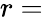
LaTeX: r={}